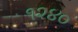
૧૨૪૦